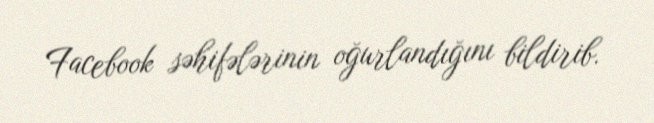
Facebook səhifələrinin oğurlandığını bildirib.